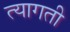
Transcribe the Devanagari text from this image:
त्यागती